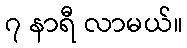
၇ နာရီ လာမယ်။